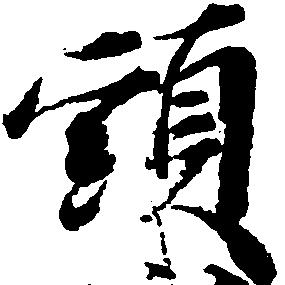
頭